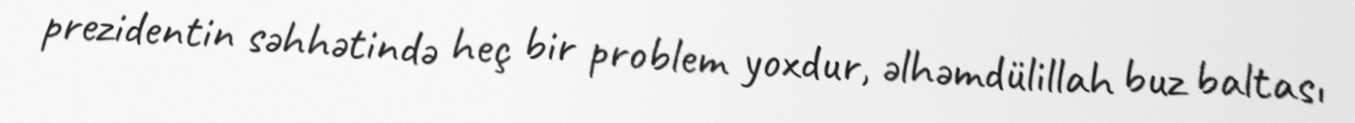
prezidentin səhhətində heç bir problem yoxdur, əlhəmdülillah buz baltası